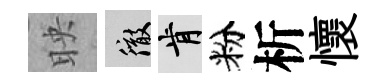
映徹肯粉析懷